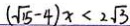
( \sqrt { 1 5 } - 4 ) x < 2 \sqrt { 3 }